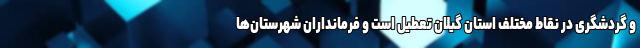
و گردشگری در نقاط مختلف استان گیلان تعطیل است و فرمانداران شهرستان‌ها